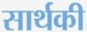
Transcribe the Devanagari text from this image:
सार्थकी